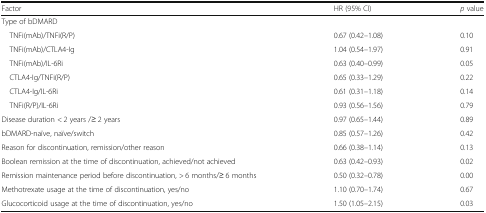
<table><thead><tr><td><b>Factor</b></td><td><b>HR (95% CI)</b></td><td><b><i>p</i> value</b></td></tr></thead><tbody><tr><td colspan="3">Type of bDMARD</td></tr><tr><td> TNFi(mAb)/TNFi(R/P)</td><td>0.67 (0.42–1.08)</td><td>0.10</td></tr><tr><td> TNFi(mAb)/CTLA4-Ig</td><td>1.04 (0.54–1.97)</td><td>0.91</td></tr><tr><td> TNFi(mAb)/IL-6Ri</td><td>0.63 (0.40–0.99)</td><td>0.05</td></tr><tr><td> CTLA4-Ig/TNFi(R/P)</td><td>0.65 (0.33–1.29)</td><td>0.22</td></tr><tr><td> CTLA4-Ig/IL-6Ri</td><td>0.61 (0.31–1.18)</td><td>0.14</td></tr><tr><td> TNFi(R/P)/IL-6Ri</td><td>0.93 (0.56–1.56)</td><td>0.79</td></tr><tr><td>Disease duration &lt; 2 years /≥ 2 years</td><td>0.97 (0.65–1.44)</td><td>0.89</td></tr><tr><td>bDMARD-naïve, naïve/switch</td><td>0.85 (0.57–1.26)</td><td>0.42</td></tr><tr><td>Reason for discontinuation, remission/other reason</td><td>0.66 (0.38–1.14)</td><td>0.13</td></tr><tr><td>Boolean remission at the time of discontinuation, achieved/not achieved</td><td>0.63 (0.42–0.93)</td><td>0.02</td></tr><tr><td>Remission maintenance period before discontinuation, &gt; 6 months/≥ 6 months</td><td>0.50 (0.32–0.78)</td><td>0.00</td></tr><tr><td>Methotrexate usage at the time of discontinuation, yes/no</td><td>1.10 (0.70–1.74)</td><td>0.67</td></tr><tr><td>Glucocorticoid usage at the time of discontinuation, yes/no</td><td>1.50 (1.05–2.15)</td><td>0.03</td></tr></tbody></table>